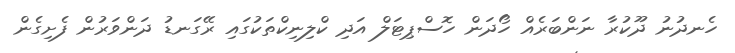
ހެނދުނު ދޫކުރާ ނަންބަރެއް ހޯދަން ހޮސްޕިޓަލް އަދި ކްލިނިކްތަކުގައި ރޭގަނޑު ދަންވަރުން ފެށިގެން